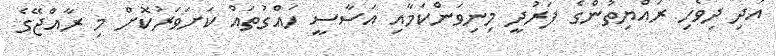
އަދި ދިވެހި ރައްޔިތުންގެ ފަރުދީ މިނިވަންކަމާއި އަސާސީ ހައްގުތައް ކަށަވަރުކޮށް މި ރާއްޖޭގެ